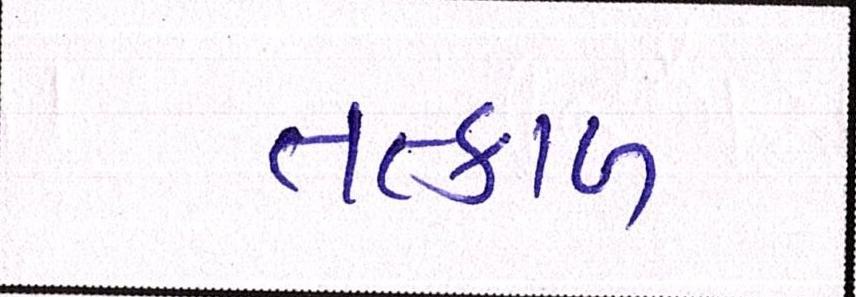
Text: તત્કાળ